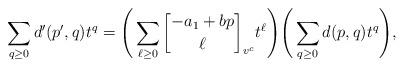
LaTeX: \begin{align*}\sum_{q\ge0} d'(p',q)t^q=\Bigg(\sum\limits_{\ell\ge0}{-a_1+bp\brack \ell}_{v^c}t^\ell\Bigg)\Bigg(\sum_{q\ge0} d(p,q)t^q\Bigg),\end{align*}